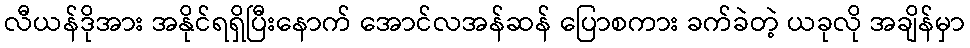
လီယန်ဒိုအား အနိုင်ရရှိပြီးနောက် အောင်လအန်ဆန် ပြောစကား ခက်ခဲတဲ့ ယခုလို အချိန်မှာ